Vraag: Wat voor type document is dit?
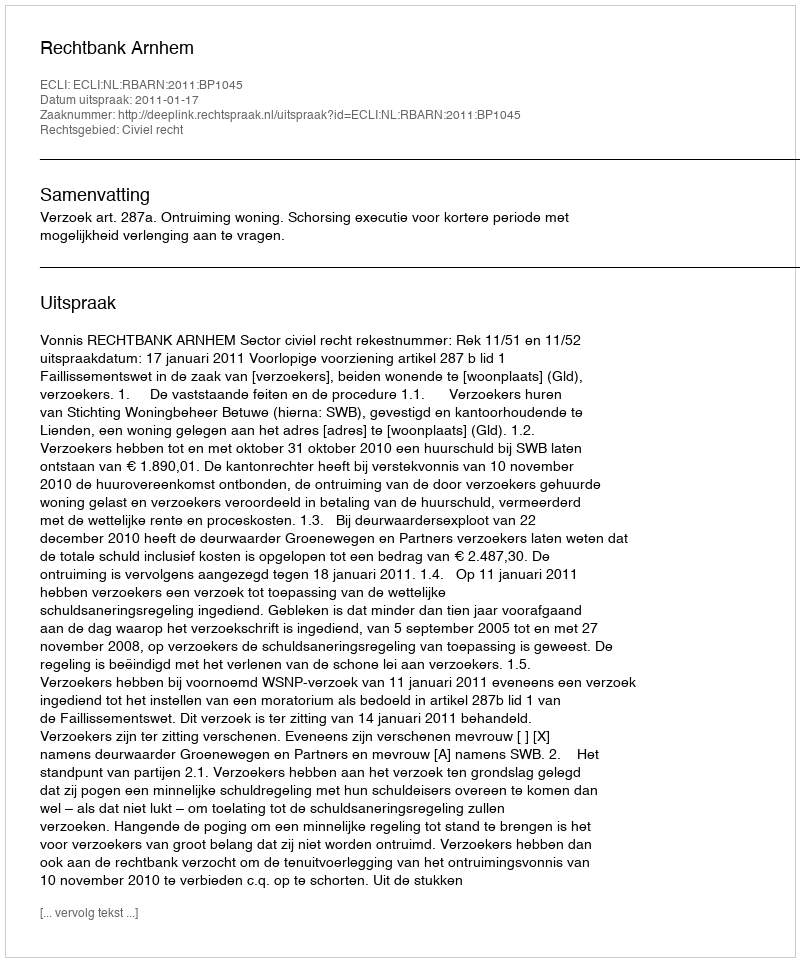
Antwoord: Uitspraak